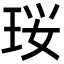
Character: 珱